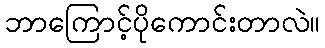
ဘာကြောင့်ပိုကောင်းတာလဲ။